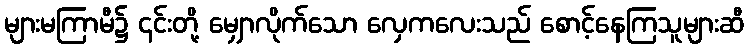
များမကြာမီ၌ ၎င်းတို့ မျှောလိုက်သော လှေကလေးသည် စောင့်နေကြသူများဆီ